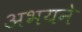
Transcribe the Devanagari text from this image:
अभयने